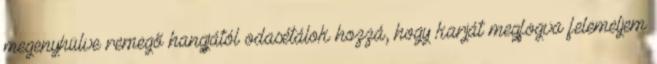
megenyhülve remegő hangjától odasétálok hozzá, hogy karját megfogva felemeljem